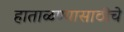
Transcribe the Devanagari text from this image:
हाताळण्यासाठीचे